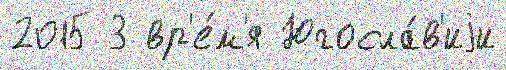
2015 3 вр'е́м'я Югосла́в'иjи